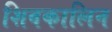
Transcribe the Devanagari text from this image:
शिवकालिन